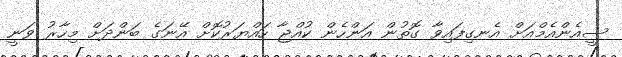
ސީއެންއެމްއަށް އެނގިފައިވާ ގޮތުން އަންހެން ކުއްޖާ ހައްޔަރުކޮށް އޭނަގެ ބަންދަށް މިހާރު ވަނީ